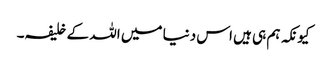
کیونکہ ہم ہی ہیں اس دنیا میں اللہ کے خلیفہ۔